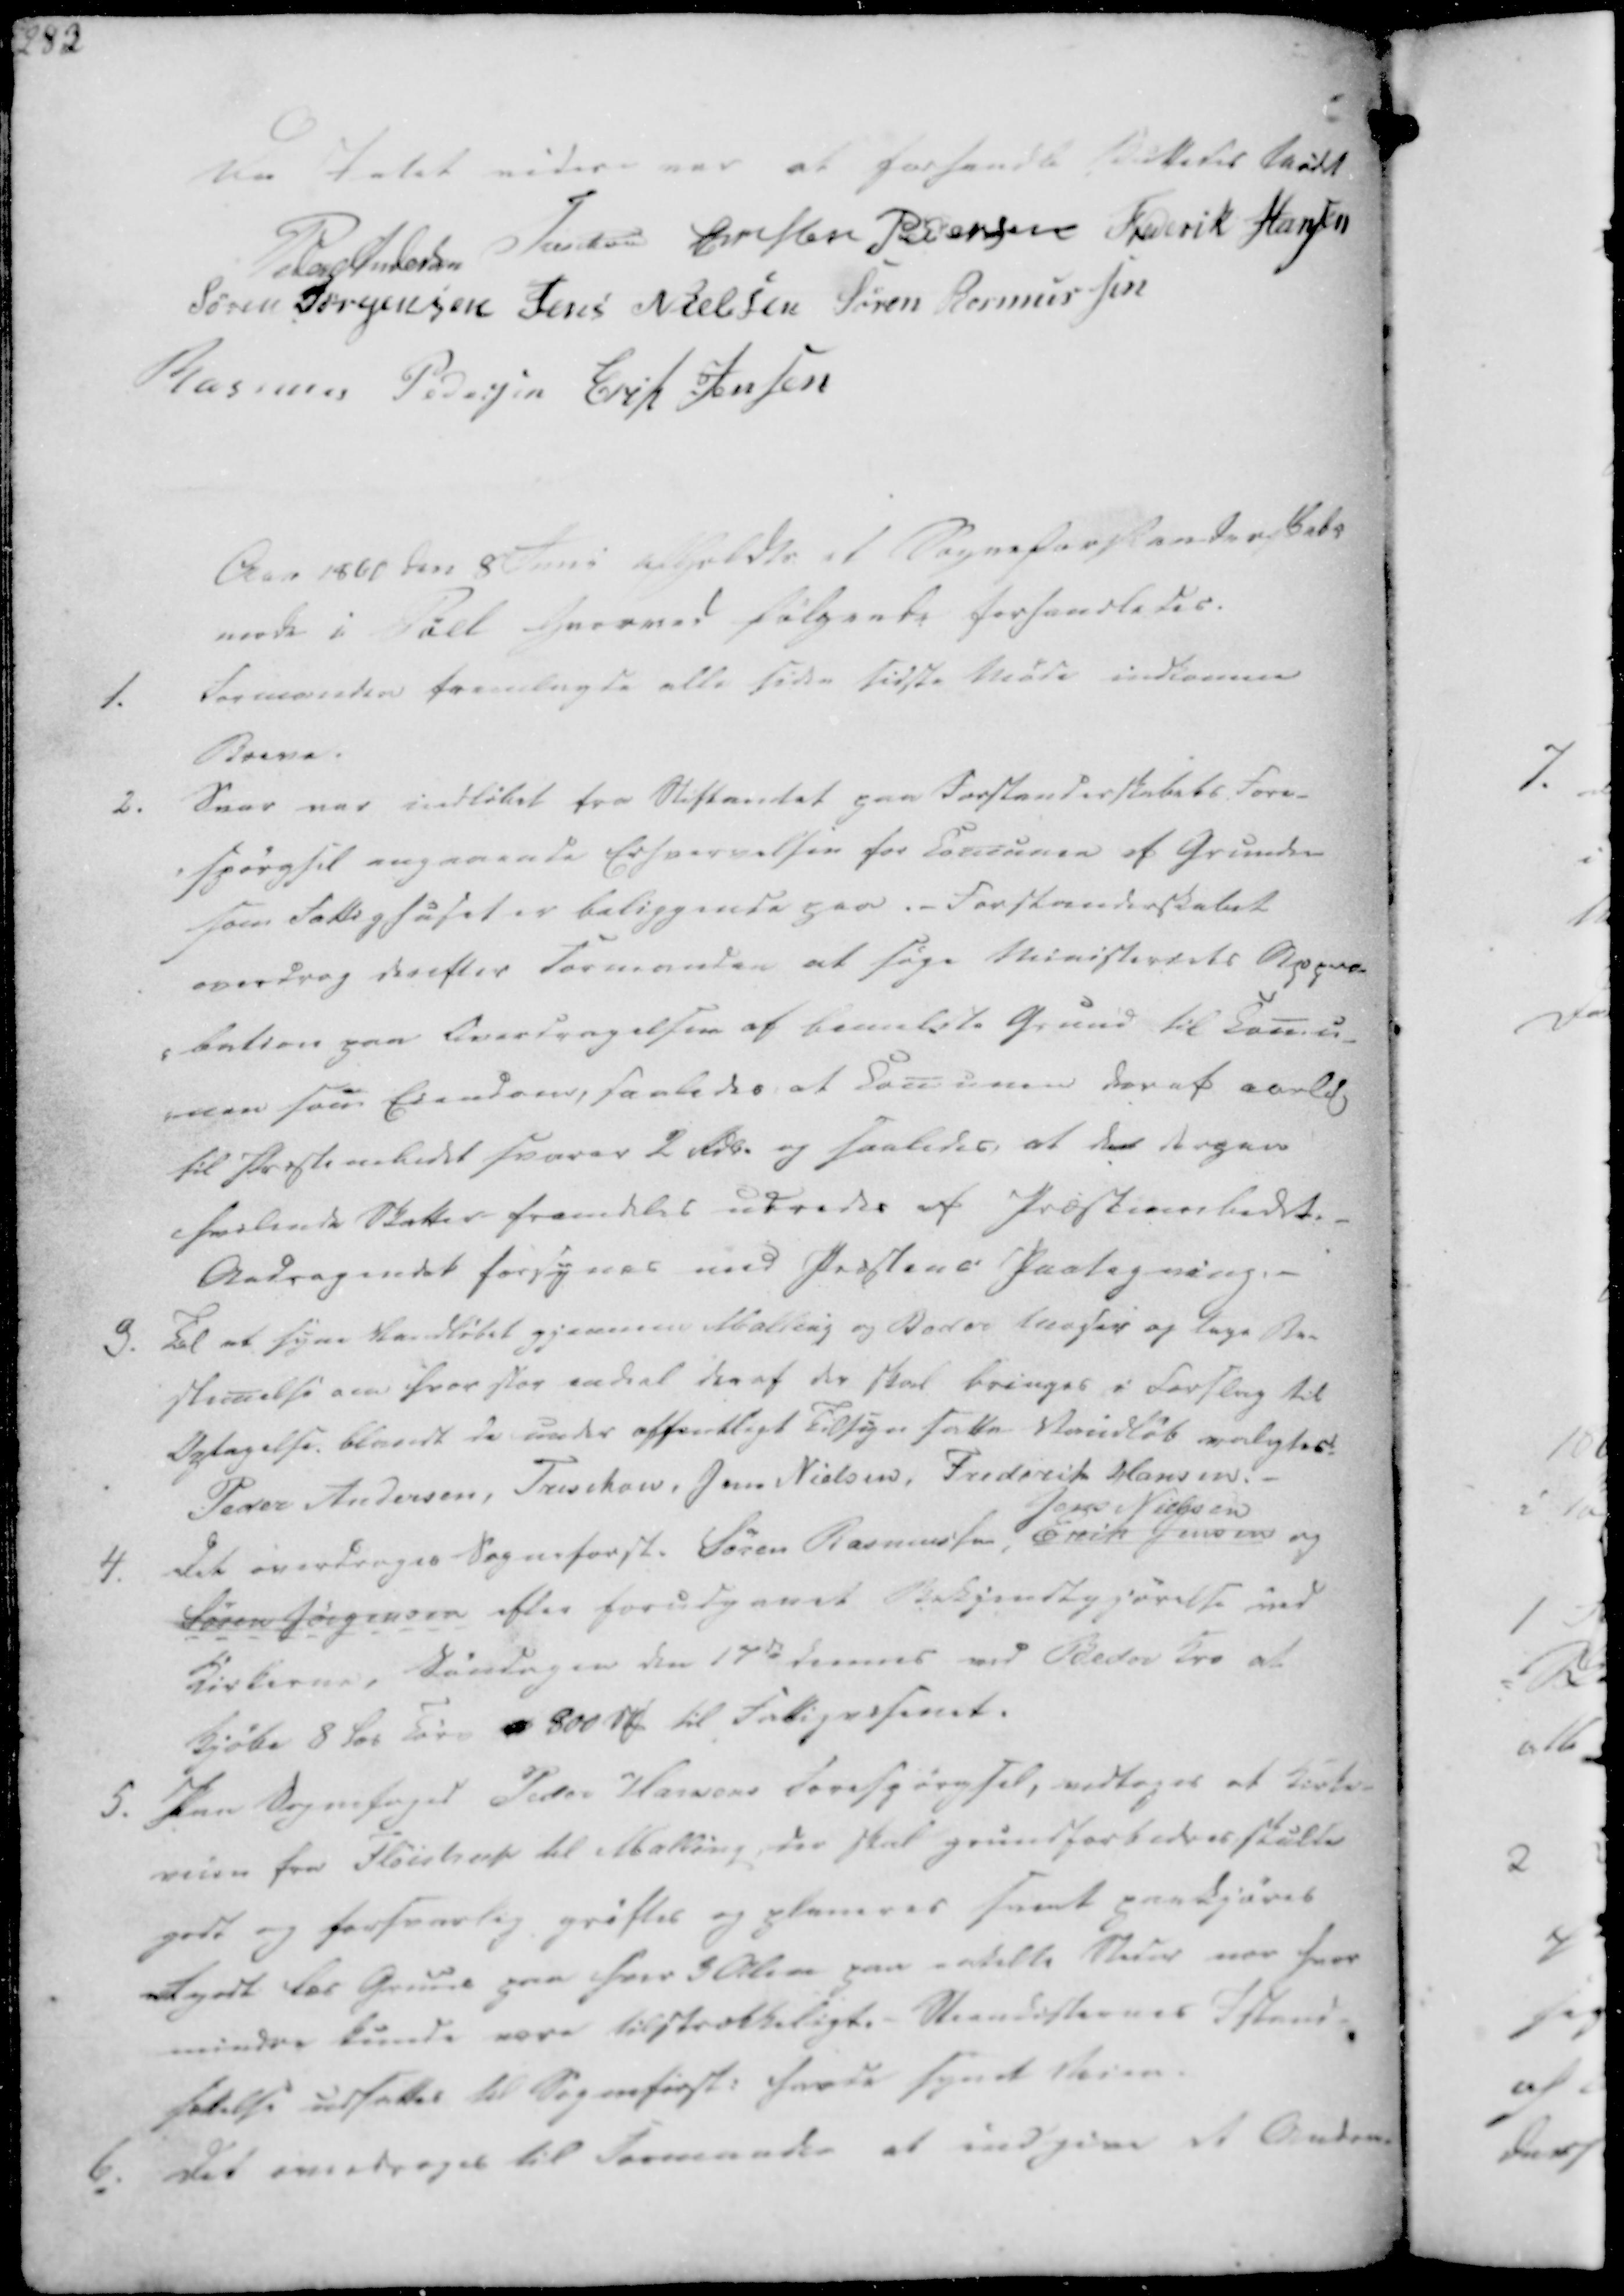
Transskription:
Da Intet videre var at forhandle sluttedes Mødet
Peder Andersen
Treschov
Christen Pedersen
Frederik Hansen
Søren Jørgensen
Jens Nielsen
Søren Rasmussen
Rasmus Pedersen
Erik Jensen

Aar 1860 den 8 Juni afholdtes et Sogneforstanderskabs
møde i Pøel hvorved følgende forhandledes.

1.
Formanden fremlagde alle siden sidste Møde indkomne
Breve.
2. Svar var indløbet fra Stiftamtet paa Forstanderskabets Fore-
-spørgsel angaaende Erhvervelsen for Comunen af Grunden
som Fattighuset er beliggende paa.- Forstanderskabet
overdrog derefter Formanden at søge Ministeriets Appro-
-bation paa Overdragelsen af bemeldte Grund til Comu-
-nen som Eiendom, saaledes, at Comunen deraf aarlig
til Præstembedet svarer 2 Rdl. og saaledes, at der derpaa
hvilende Skatter fremdeles udredes af Præsteembedet.
Andragendet forsynes med Præstens Paategning.

3. Til at syne Vandløbet gjennem Malling og Beder Moser og tage Be-
stemelse om hvor stor endeel der af der skal bringes i Forslag til
Optagelse, blandt de under offentligt Tilsyn satte Vandløb valgtes
Peder Andersen, Treschov, Jens Nielsen, Frederik Hansen.-
4. Det overdrages Sogneforst. Søren Rasmussen,
Jens Nielsen
Erik Jensen og
Søren Jørgensen efter forudgaaet Bekjendtgjørelse ved
Kirkerne, Søndagen den 17de Januar ved Beder Kro at
kjøbe 8 Los Tørv af 800 s₻ til Fattigvæsenet.
5. Paa Sognefoged Peder Hansens Forespørgsel, vedtoges at Kirke-
veien fra Fløistrup til Malling, der skal grundforbedres skulde
godt og forsvarlig grøftes og planeres samt paakjøres
dgodt læs Gruus paa hver 3 Alen paa enkelte Steder nær hvor
mindre kunde være tilstrækkeligt.- Steenkisternes Istand-
sættelse udsattes til Sogneforst. havde synet Veien.

6. Det overdrages til Formanden at indgive et Andra-